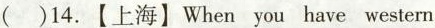
()14. 【上海】When you have western